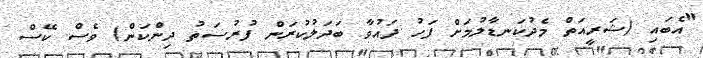
"އެބައި (ޝަރީއަތް މެދުކަނޑާލުމަށް ފަހު ދައުވާ ބަދަލުކުރަން ފުރުސަތު ދިންކަން) ވެސް ކޭސް